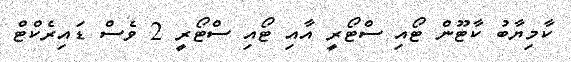
ކާމިޔާބު ކާޓޫން ޓޯއި ސްޓޯރީ އާއި ޓޯއި ސްޓޯރީ 2 ވެސް ޑައިރެކްޓް